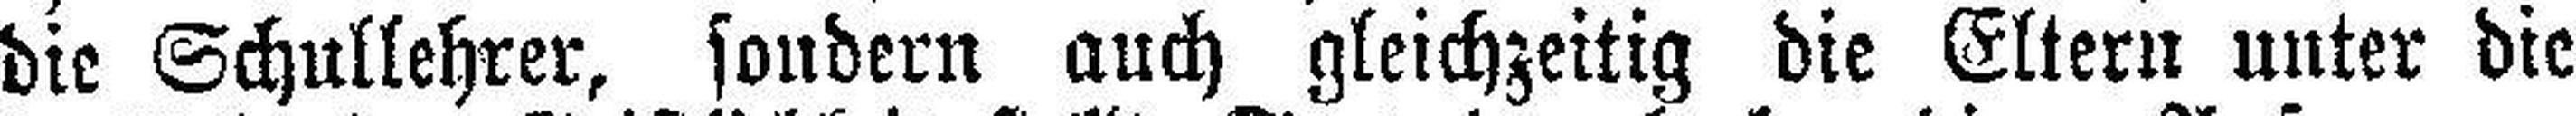
die Schullehrer, sondern auch gleichzeitig die Eltern unter die